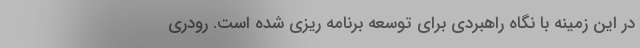
در این زمینه با نگاه راهبردی برای توسعه برنامه ریزی شده است. رودری